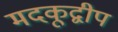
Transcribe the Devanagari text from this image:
मदकूद्वीप